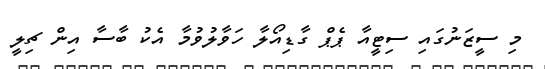
މި ސީޒަނުގައި ސިޓީއާ ޕެޕް ގާޑިއޯލާ ހަވާލުވުމާ އެކު ބާސާ އިން ޗިލީ